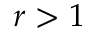
r > 1